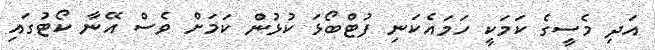
އަދި މެސީގެ ކަމަކީ ހަމައެކަނި ފުޓްބޯޅަ ކުޅުން ކަމަށް ވެސް އޭނާ ކޯޓުގައި